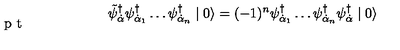
\tilde { \psi } _ { \dot { \alpha } } ^ { \dagger } \psi _ { \dot { \alpha } _ { 1 } } ^ { \dagger } \ldots \psi _ { \dot { \alpha } _ { n } } ^ { \dagger } \mid 0 \rangle = ( - 1 ) ^ { n } \psi _ { \dot { \alpha } _ { 1 } } ^ { \dagger } \ldots \psi _ { \dot { \alpha } _ { n } } ^ { \dagger } \psi _ { \dot { \alpha } } ^ { \dagger } \mid 0 \rangle \vspace { - 3 p t }